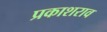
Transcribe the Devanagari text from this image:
प्रकाशराव